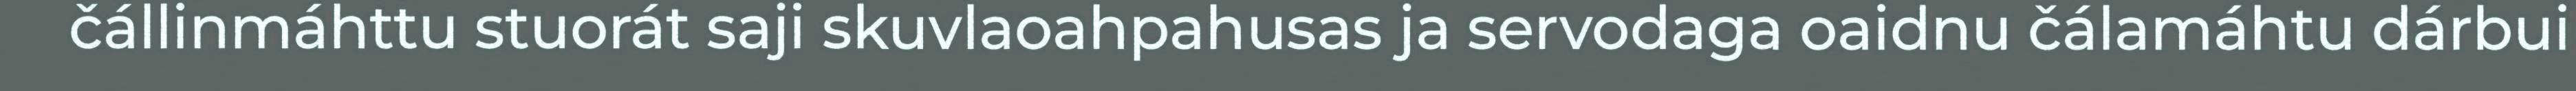
čállinmáhttu stuorát saji skuvlaoahpahusas ja servodaga oaidnu čálamáhtu dárbui